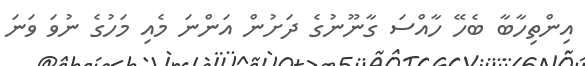
އިންތިހާބާ ބެހޭ ހާއްސަ ގާނޫނުގެ ދަށުން އަންނަ މެއި މަހުގެ ނުވަ ވަނަ